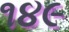
૧૪૯